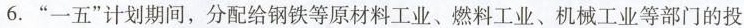
6. “一五” 计划期间，分配给钢铁等原材料工业、燃料工业、机械工业等部门的投